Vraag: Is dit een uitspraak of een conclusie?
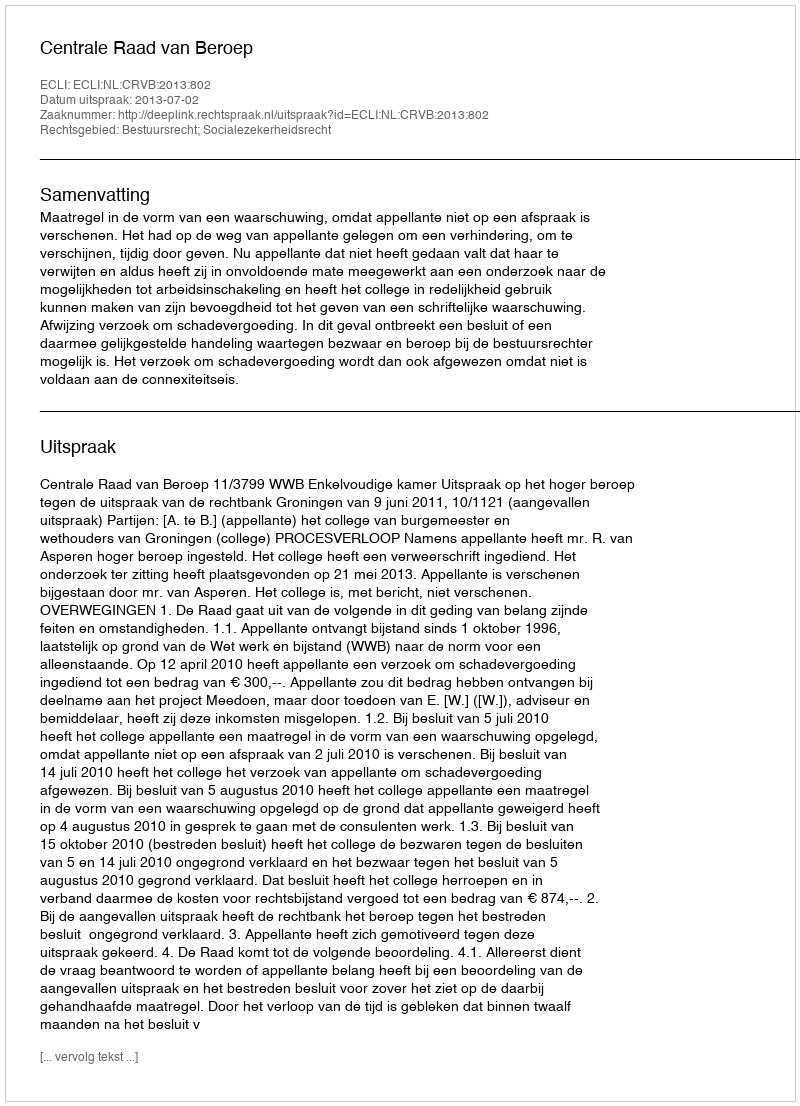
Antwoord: Uitspraak